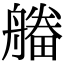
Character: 𤳔